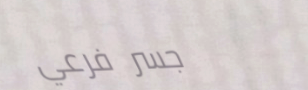
جسر فرعي